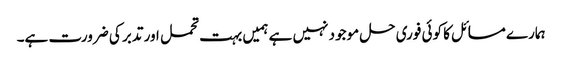
ہمارے مسائل کا کوئی فوری حل موجود نہیں ہے ہمیں بہت تحمل اور تدبر کی ضرورت ہے۔